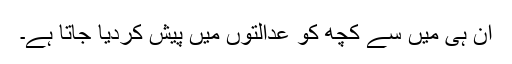
ان ہی میں سے کچھ کو عدالتوں میں پیش کردیا جاتا ہے۔